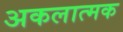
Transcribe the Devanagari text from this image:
अकलात्मक